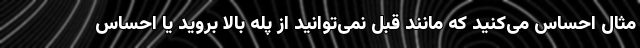
مثال احساس می‌کنید که مانند قبل نمی‌توانید از پله بالا بروید یا احساس